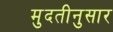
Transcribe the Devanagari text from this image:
मुदतीनुसार